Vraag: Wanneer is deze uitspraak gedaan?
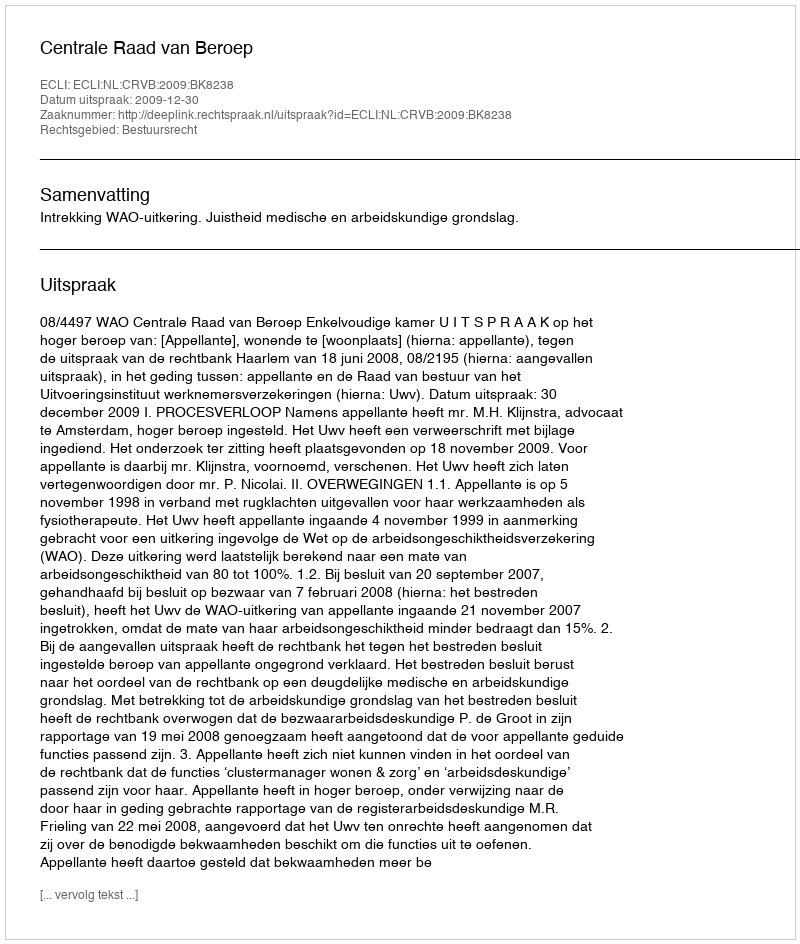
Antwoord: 2009-12-30